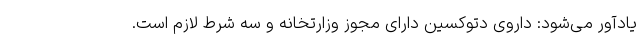
یادآور می‌شود: داروی دتوکسین دارای مجوز وزارتخانه و سه شرط لازم است.